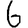
Digit: 6